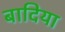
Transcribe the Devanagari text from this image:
बादिया